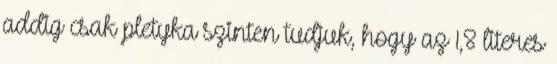
addig csak pletyka szinten tudjuk, hogy az 1,8 literes